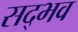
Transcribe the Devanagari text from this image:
सद्भव